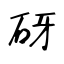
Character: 砑